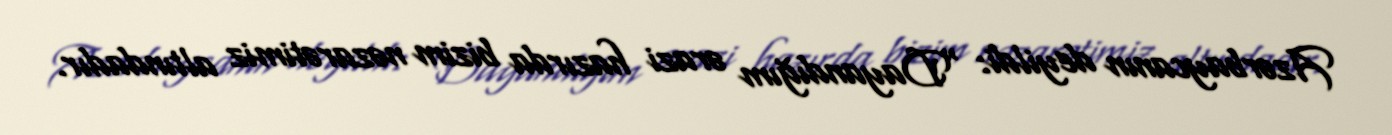
Azərbaycanın deyildi: “Dayandığım ərazi hazırda bizim nəzarətimiz altındadır.